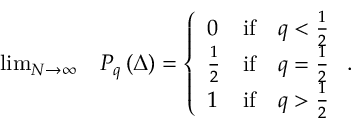
\begin{array} { r l } { \operatorname* { l i m } _ { N \to \infty } } & { P _ { q } \left( \Delta \right) = \left\{ \begin{array} { l c c } { 0 } & { \mathrm { i f } } & { q < \frac { 1 } { 2 } } \\ { \frac { 1 } { 2 } } & { \mathrm { i f } } & { q = \frac { 1 } { 2 } } \\ { 1 } & { \mathrm { i f } } & { q > \frac { 1 } { 2 } } \end{array} \right. . } \end{array}